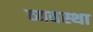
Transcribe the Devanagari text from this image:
व्‍यवस्था